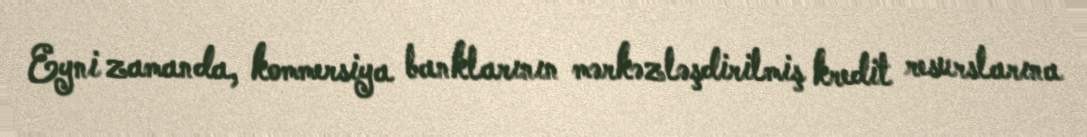
Eyni zamanda, kommersiya banklarının mərkəzləşdirilmiş kredit resurslarına